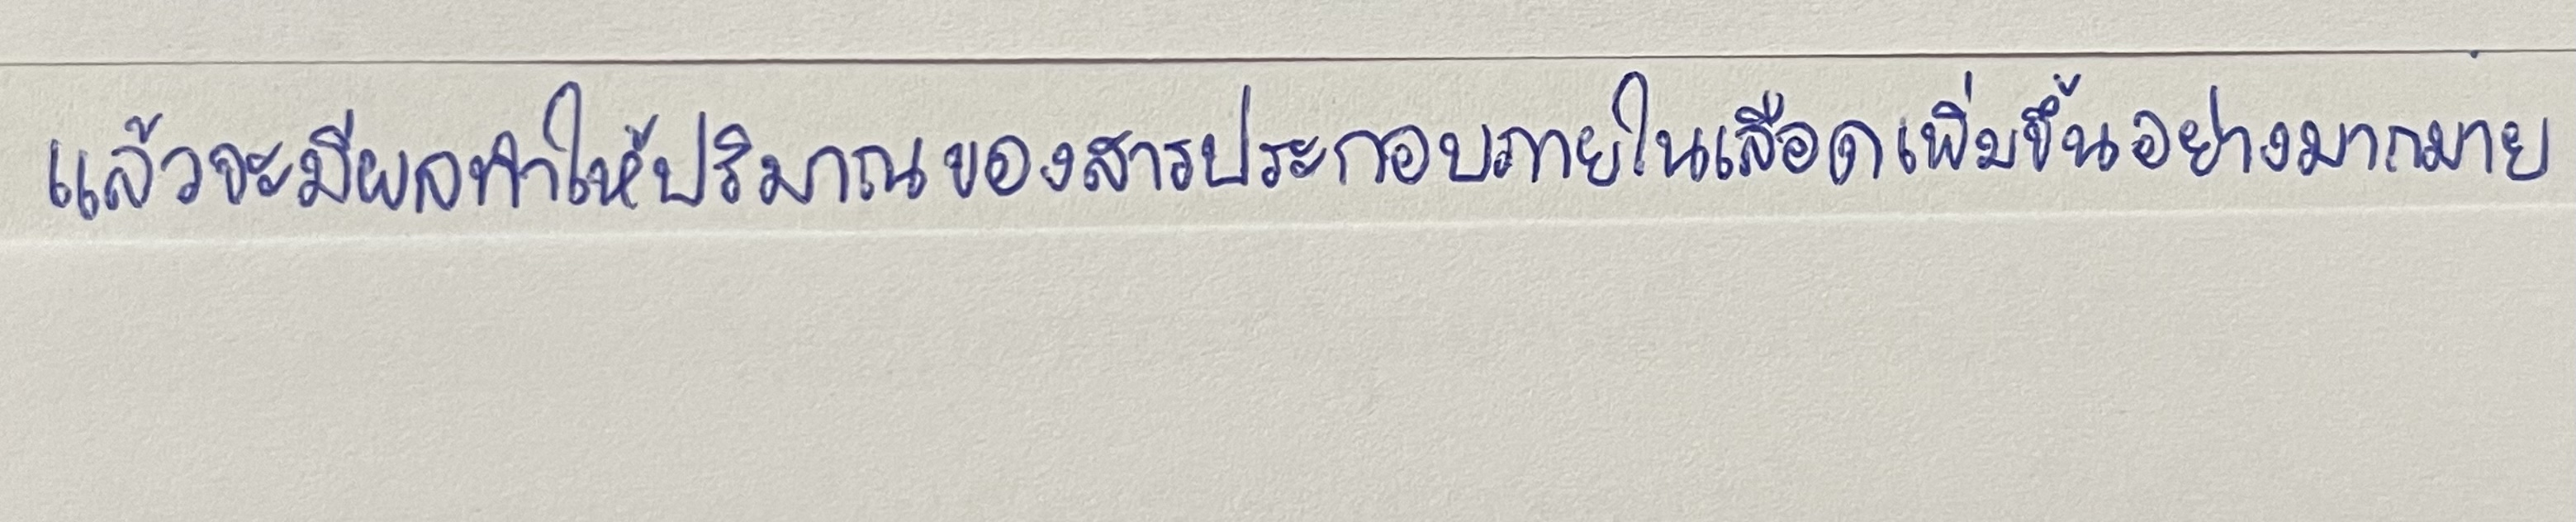
แล้วจะมีผลทำให้ปริมาณของสารประกอบภายในเลือดเพิ่มขึ้นอย่างมากมาย